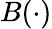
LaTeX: B(\cdot)